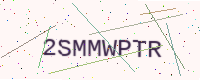
Text: 2SMMWPTR